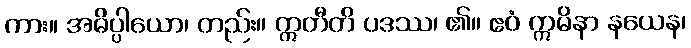
ကား။ အဓိပ္ပါယော၊ တည်း။ ဣတီတိ ပဒဿ၊ ၏။ ဧဝံ ဣမိနာ နယေန၊